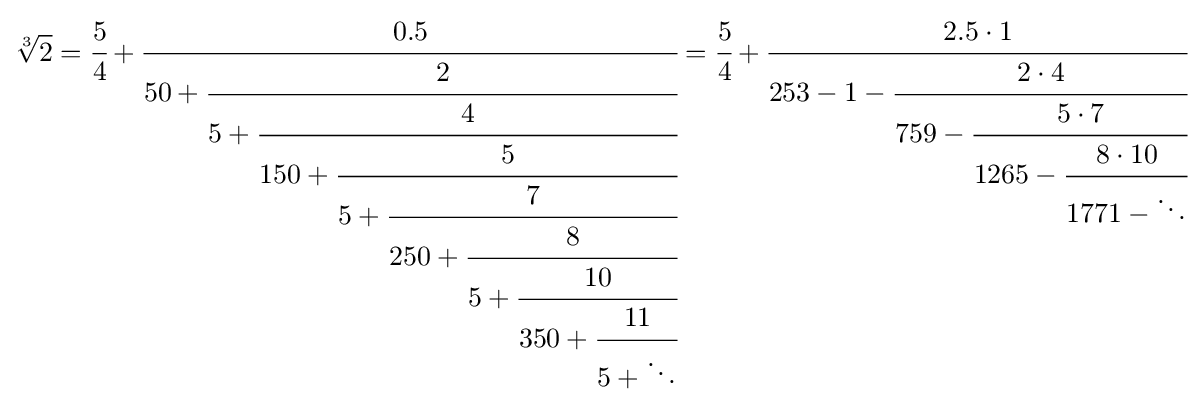
{\sqrt[{3}]{2}}={\cfrac {5}{4}}+{\cfrac {0.5}{50+{\cfrac {2}{5+{\cfrac {4}{150+{\cfrac {5}{5+{\cfrac {7}{250+{\cfrac {8}{5+{\cfrac {10}{350+{\cfrac {11}{5+\ddots }}}}}}}}}}}}}}}}={\cfrac {5}{4}}+{\cfrac {2.5\cdot 1}{253-1-{\cfrac {2\cdot 4}{759-{\cfrac {5\cdot 7}{1265-{\cfrac {8\cdot 10}{1771-\ddots }}}}}}}}